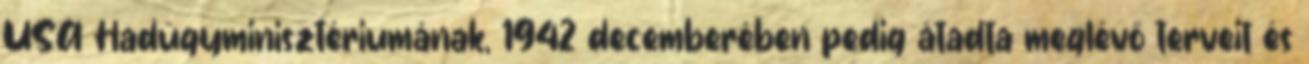
USA Hadügyminisztériumának, 1942 decemberében pedig átadta meglévő terveit és